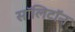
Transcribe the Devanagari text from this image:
सॉलिटॉन